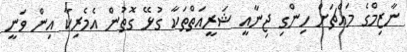
ނާޒިމްގެ މައްޗަށް ހިންގި ޖިނާއީ ޝަރީއަތްތަކާ ގުޅޭ ގޮތުން އެމެރިކާ އިން ވަނީ